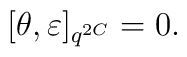
[\theta, \varepsilon]_{q^{2C}} = 0.